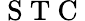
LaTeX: \mathrm{~S~T~C~}